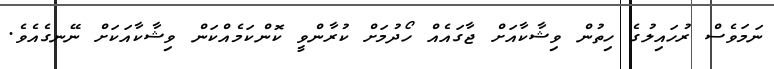
ނަމަވެސް ރުހައިލުގެ ހިތުން ވިޝާކާއަށް ޖާގައެއް ހޯދުމަށް ކުރާންވީ ކޮންކަމެއްކަން ވިޝާކާއަކަށް ނޭނގެއެވެ.